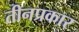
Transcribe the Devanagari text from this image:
तीनप्रकार